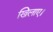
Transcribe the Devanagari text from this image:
खिलाए।